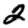
Digit: 2